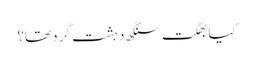
کیا بھگت سنگھ دہشت گرد تھا؟